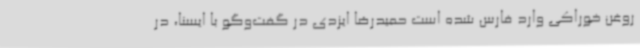
روغن خوراکی وارد فارس شده است حمیدرضا ایزدی در گفت‌وگو با ایسنا، در